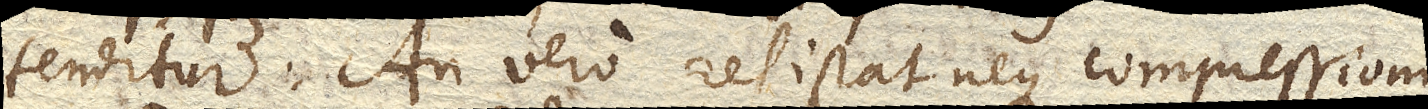
tenditur. An vero resistat neque compressioni,